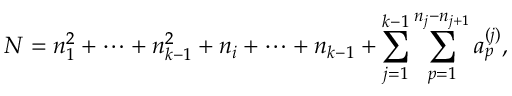
N = n _ { 1 } ^ { 2 } + \cdots + n _ { k - 1 } ^ { 2 } + n _ { i } + \cdots + n _ { k - 1 } + \sum _ { j = 1 } ^ { k - 1 } \sum _ { p = 1 } ^ { n _ { j } - n _ { j + 1 } } a _ { p } ^ { ( j ) } ,